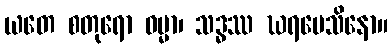
ယတေ စတုရော ဓမ္မာ၊ သဒ္ဓဿ ဃရမေသိနော။